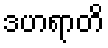
ဒဟရာတိ